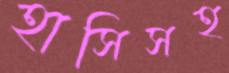
হাসিসহ